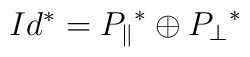
Id^* = {P_\parallel}^* \oplus {P_\perp}^*